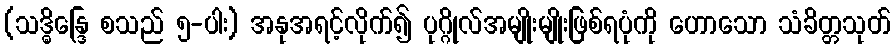
(သဒ္ဓိန္ဒြေ စသည် ၅-ပါး) အနုအရင့်လိုက်၍ ပုဂ္ဂိုလ်အမျိုးမျိုးဖြစ်ရပုံကို ဟောသော သံခိတ္တသုတ်